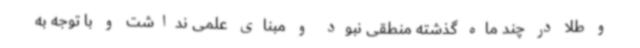
و طلا در چند ماه گذشته منطقی نبود و مبنای علمی نداشت و با توجه به